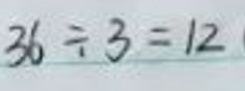
$36 \div 3 = 12$